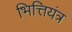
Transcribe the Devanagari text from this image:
भित्तियंत्र